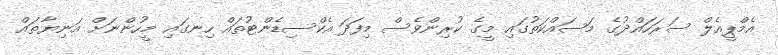
އެމްޕީއެލް ސަރަހައްދުގެ މަސައްކަތުގައި މީގެ ކުރިންވެސް މިފަދަ އެކްސިޑެންޓުތައް ހިނގައި މީހުންނަށް އަނިޔާތައް